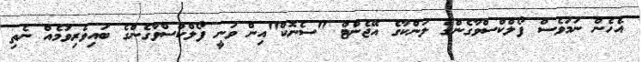
އެހެން ނަމަވެސް ފޯލްކްސްވާގެންގެ ލަންކާގެ އޭޖެންޓް "ސެނޮކް"އިން ވަނީ ފޯލްކްސްވާގެންގެ ބައިވެރިވުމެއް ނެތި